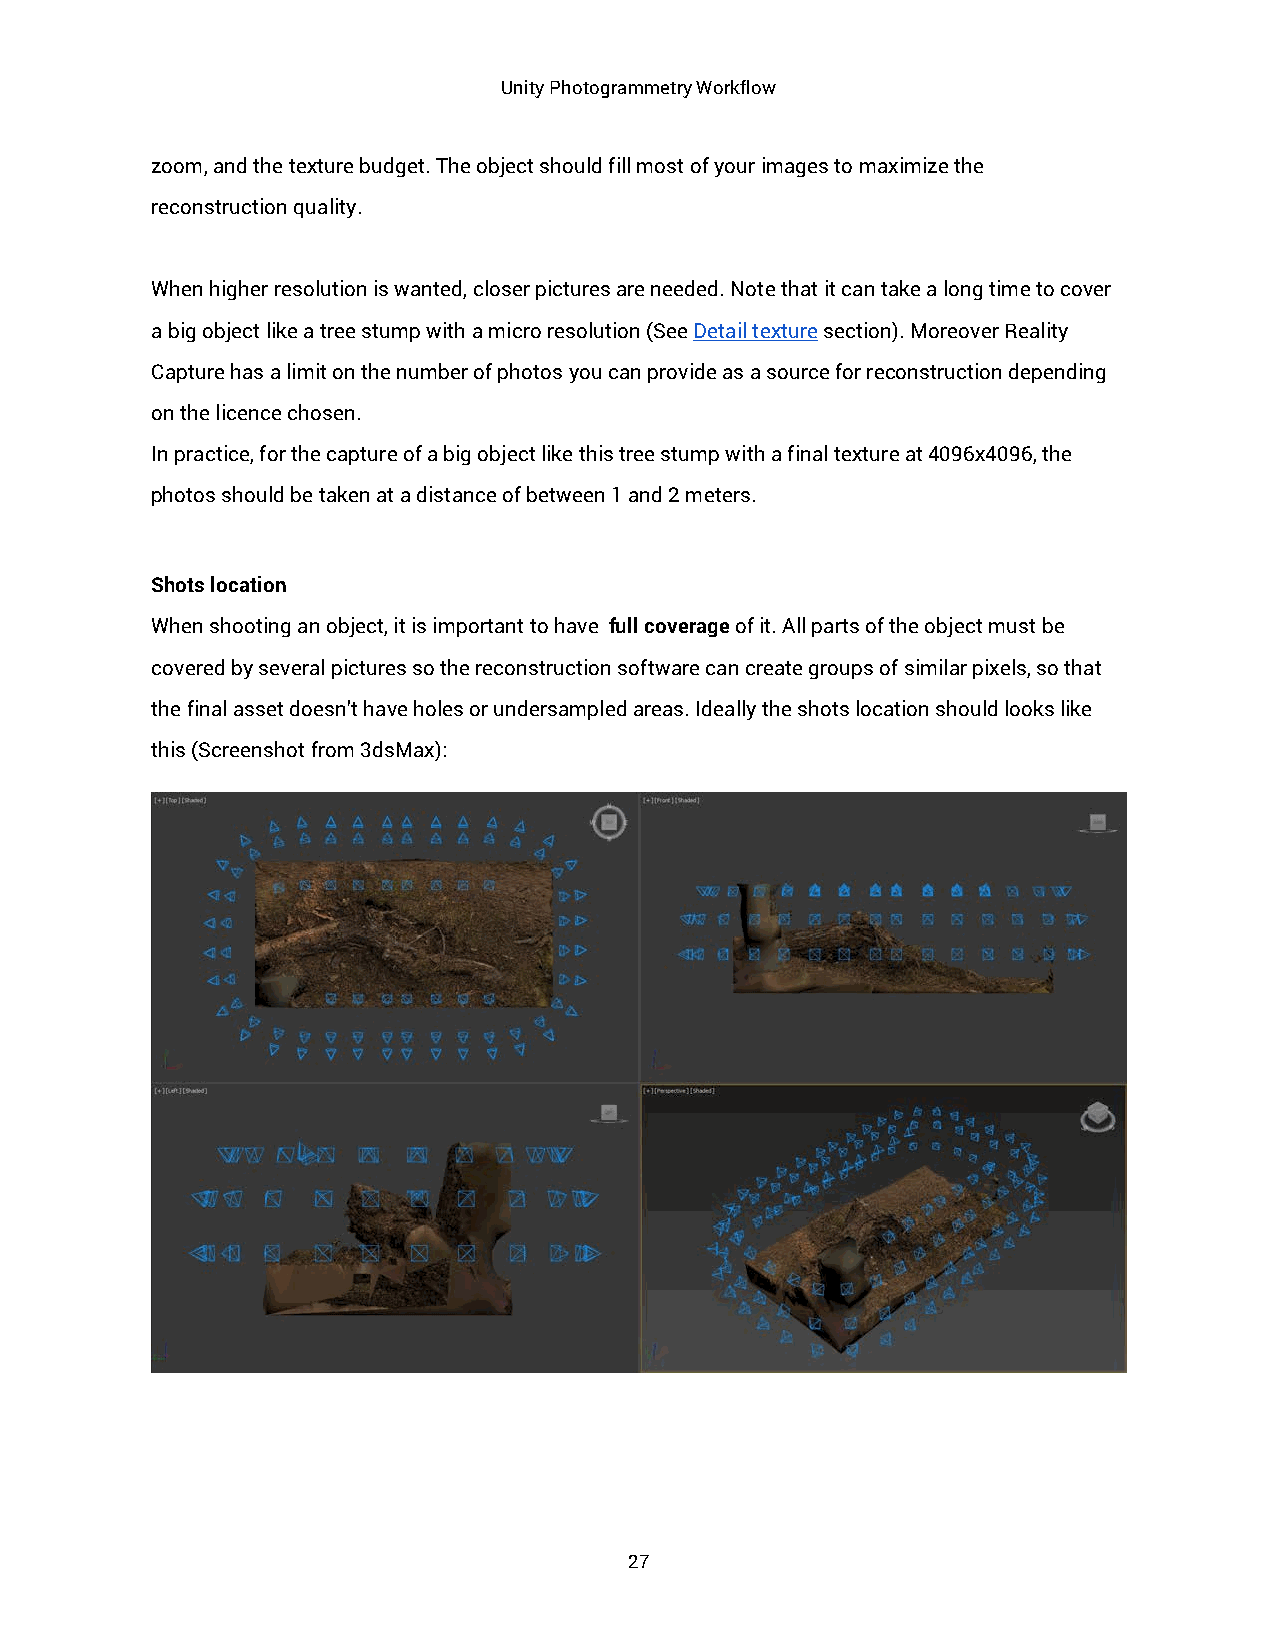
Unity Photogrammetry Workflow
 zoom, and the texture budget. The object should fill most of your images to maximize the
 reconstruction quality.
 When higher resolution is wanted, closer pictures are needed. Note that it can take a long time to cover
 a big object like a tree stump with a micro resolution (See Detail texture section). Moreover Reality
 Capture has a limit on the number of photos you can provide as a source for reconstruction depending
 on the licence chosen.
 In practice, for the capture of a big object like this tree stump with a final texture at 4096x4096, the
 photos should be taken at a distance of between 1 and 2 meters.
 Shots location
 When shooting an object, it is important to have full coverage of it. All parts of the object must be
 covered by several pictures so the reconstruction software can create groups of similar pixels, so that
 the final asset doesn’t have holes or undersampled areas. Ideally the shots location should looks like
 this (Screenshot from 3dsMax):
 27